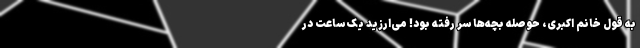
به قول خانم اکبری، حوصله بچه‌ها سر رفته بود! می‌ارزید یک ساعت در